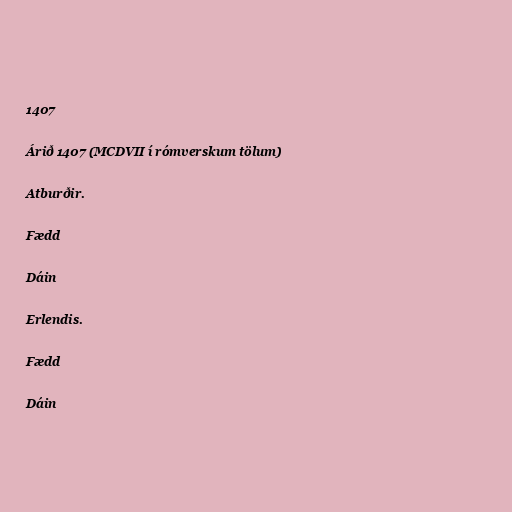
1407

Árið 1407 (MCDVII í rómverskum tölum)

Atburðir.

Fædd

Dáin

Erlendis.

Fædd

Dáin